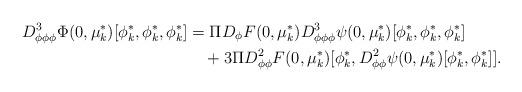
LaTeX: \begin{align*}D_{\phi\phi\phi}^3\Phi(0, \mu^*_{k})[\phi^*_{k},\phi^*_{k},\phi^*_{k}]&=\Pi D_\phi F(0,\mu^*_{k})D_{\phi\phi\phi}^3 \psi(0,\mu^*_{k})[\phi^*_{k},\phi^*_{k},\phi^*_{k}]\\&\quad+3 \Pi D_{\phi\phi}^2 F(0,\mu^*_{k})[\phi^*_{k},D_{\phi\phi}^2 \psi(0,\mu^*_{k})[\phi^*_{k},\phi^*_{k}]].\end{align*}